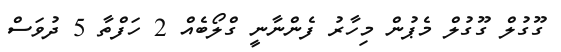
ގޫގުލް ގޫގުލް މެޕުން މިހާރު ފެންނާނީ ގްލޯބެއް 2 ހަފްތާ 5 ދުވަސް